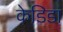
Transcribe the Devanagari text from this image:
केडिडा